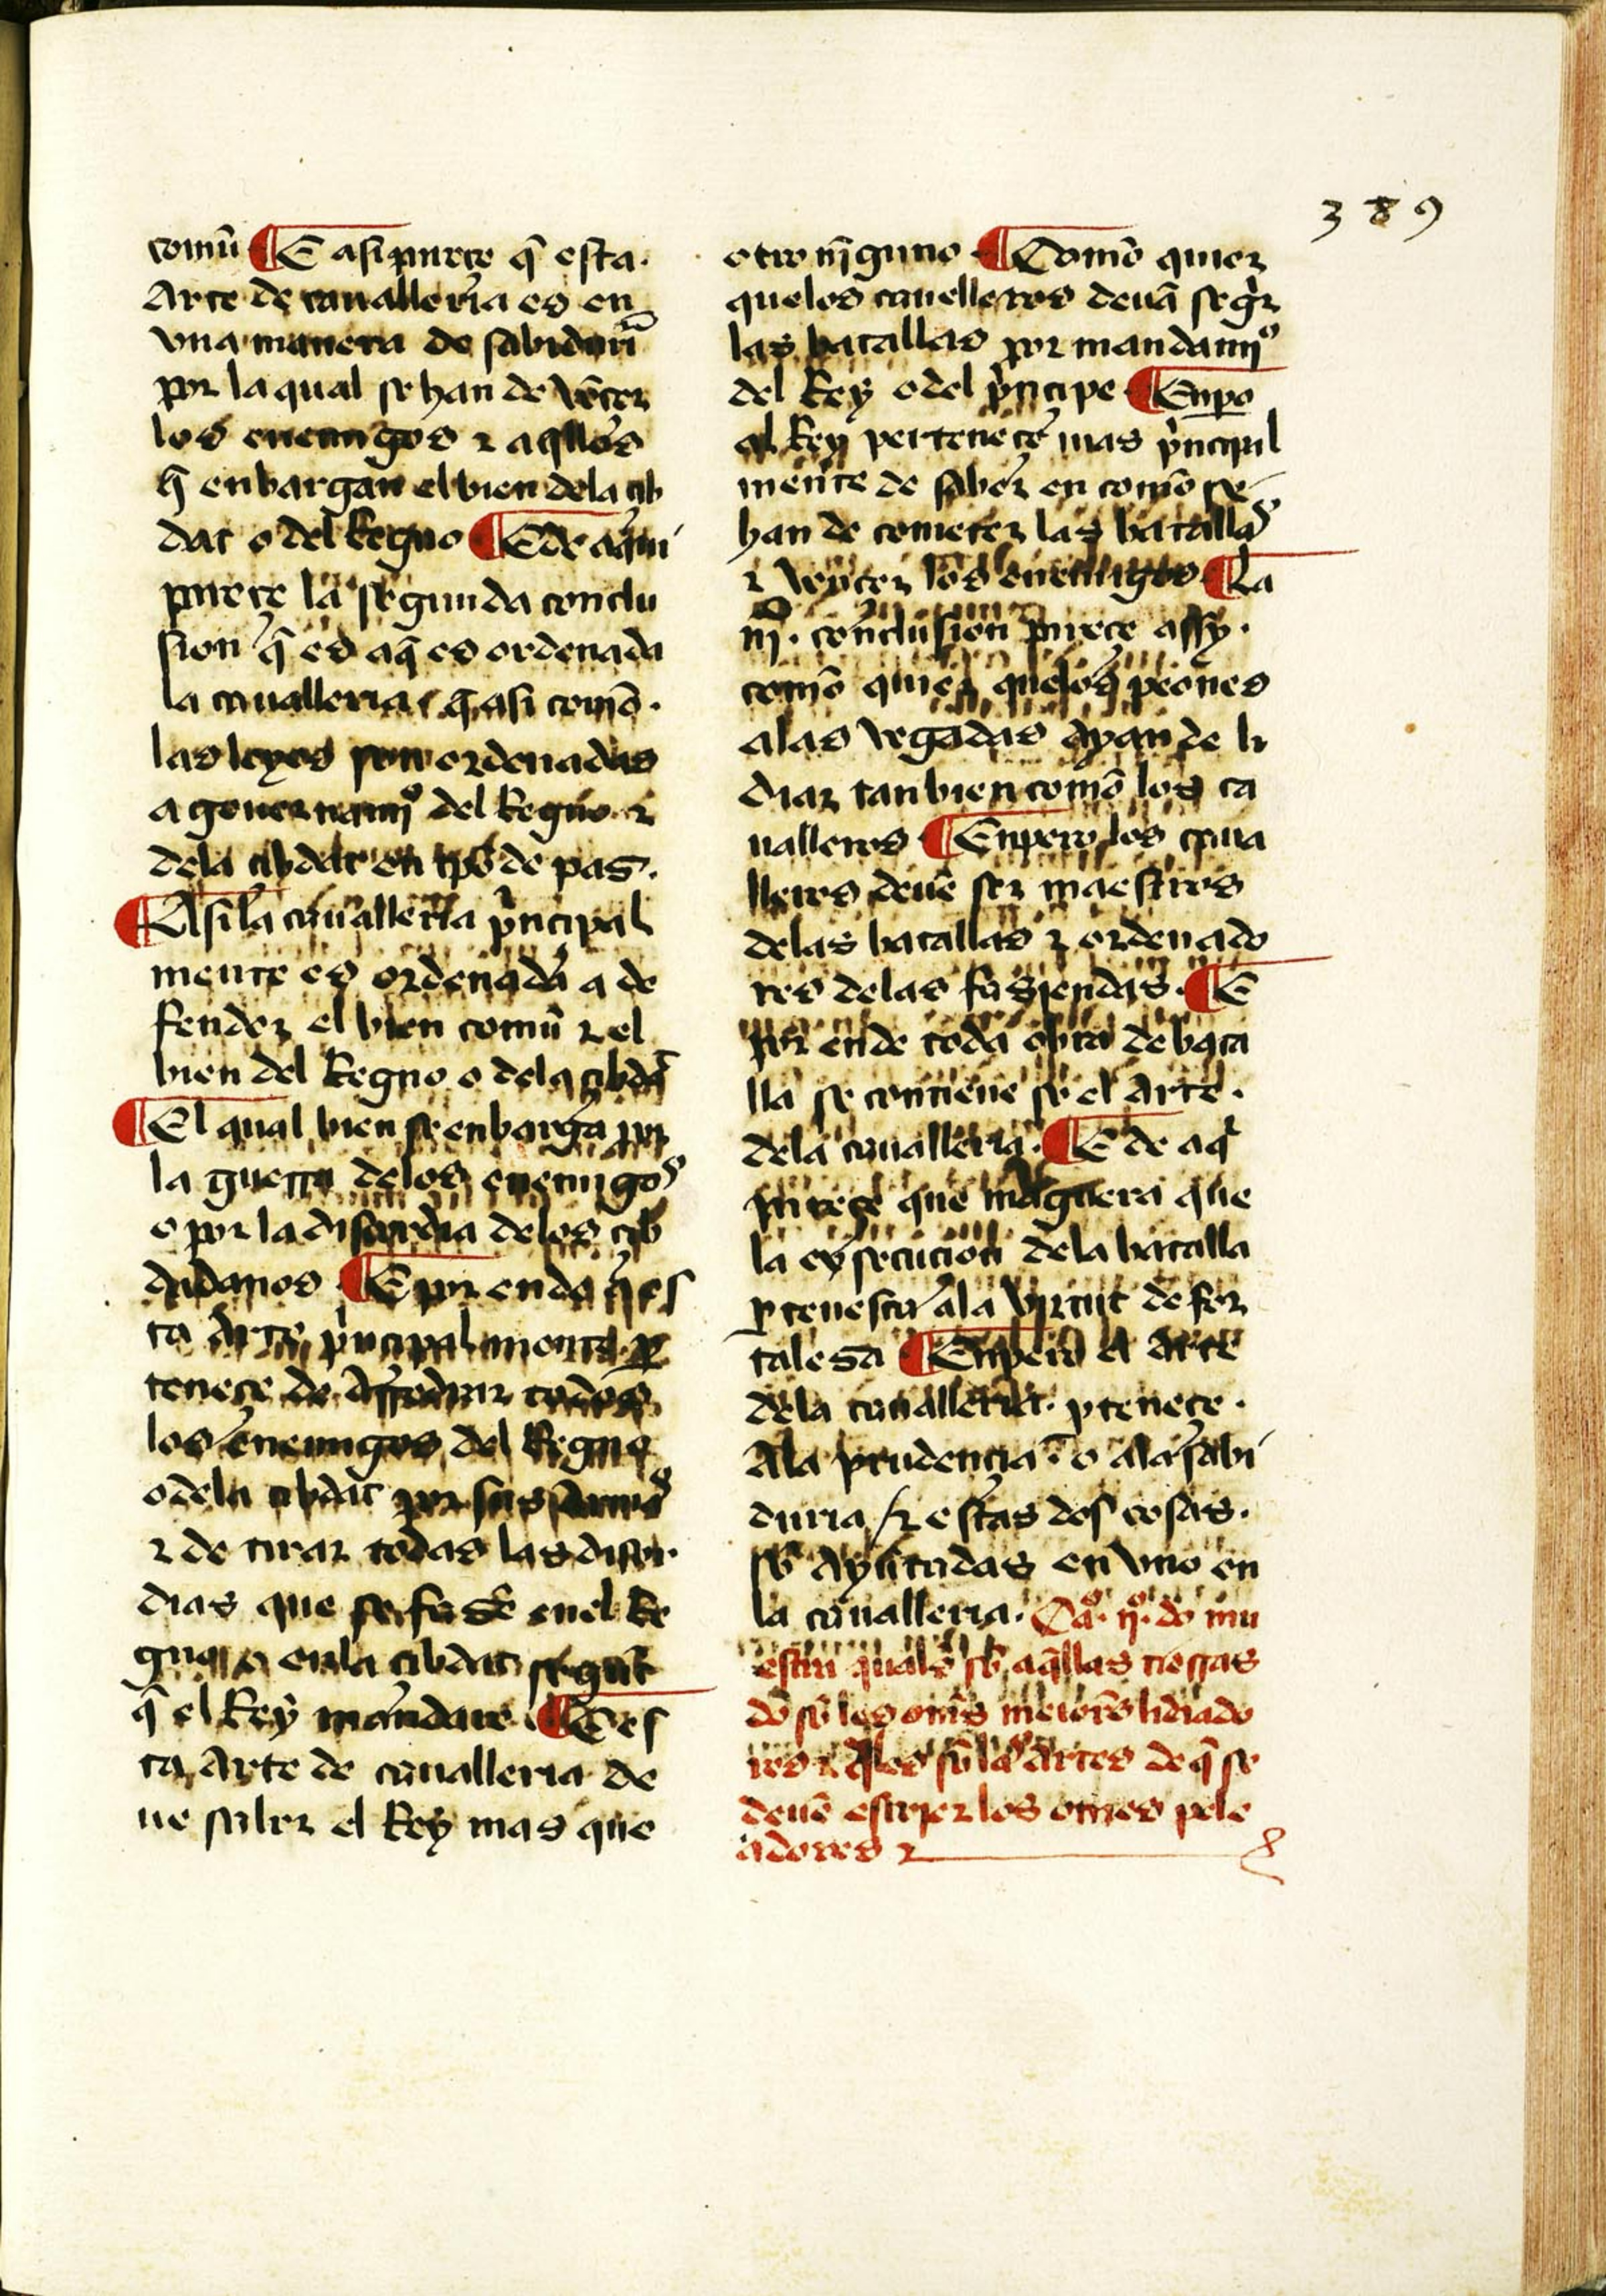
Shelfmark: Salamanca, Biblioteca Histórica USAL, 2097
Century: 15